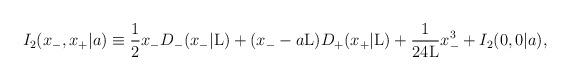
LaTeX: \begin{align*}I_2(x_{-},x_{+}|a) \equiv \frac{1}{2} x_{-}D_{-}(x_{-}|{\rm L})+ (x_{-} - a{\rm L}) D_{+}(x_{+}|{\rm L}) + \frac{1}{24{\rm L}}x_{-}^3 + I_2(0,0|a),\end{align*}